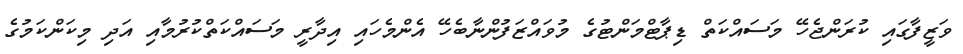
ވަޒީފާގައި ކުރަންޖެހޭ މަސައްކަތް ޑިޕާޓްމަންޓުގެ މުވައްޒަފުންނާބެހޭ އެންމެހައި އިދާރީ މަސައްކަތްކުރުމާއި އަދި މިކަންކަމުގެ